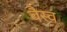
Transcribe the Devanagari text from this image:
वैस्‍व